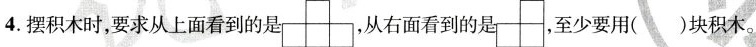
4. 摆积木时，要求从上面看到的是 ，从右面看到的是 至少要用( )块积木。